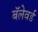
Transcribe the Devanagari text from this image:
बॅलेवर्ड